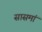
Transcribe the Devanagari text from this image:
सासमां